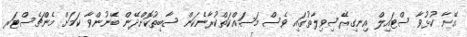
އޭނާ ކުޅުވާ ސްޓައިލް އިނގިރޭސިވިލާތުގައި ވެސް މަސައްކަތްކުރާނެކަން ސާބިތުކޮށްދޭން ބޭނުންވާ ކަމަށް މެންޗެސްޓަރ